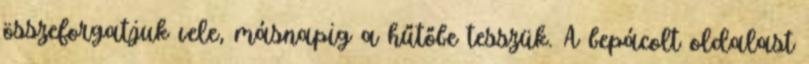
összeforgatjuk vele, másnapig a hűtőbe tesszük. A bepácolt oldalast